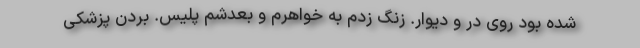
شده بود روی در و دیوار. زنگ زدم به خواهرم و بعدشم پلیس. بردن پزشکی